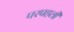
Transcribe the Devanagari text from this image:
परपहली